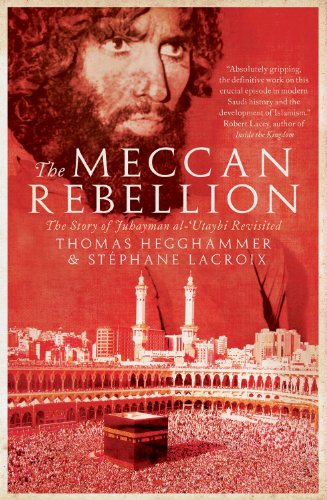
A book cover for The Meccan Rebellion: The Story of Juhayman al-'Utaybi Revisited; Thomas Hegghammer; History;